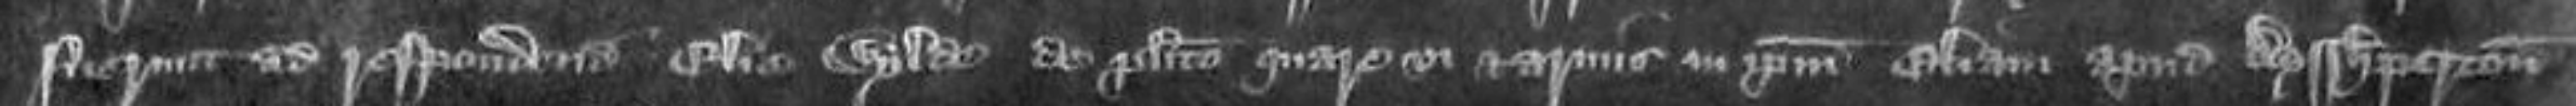
fuerunt ad respondendum Elie Wilde de placito quare vi et armis in ipsum Eliam apud Ayshperton